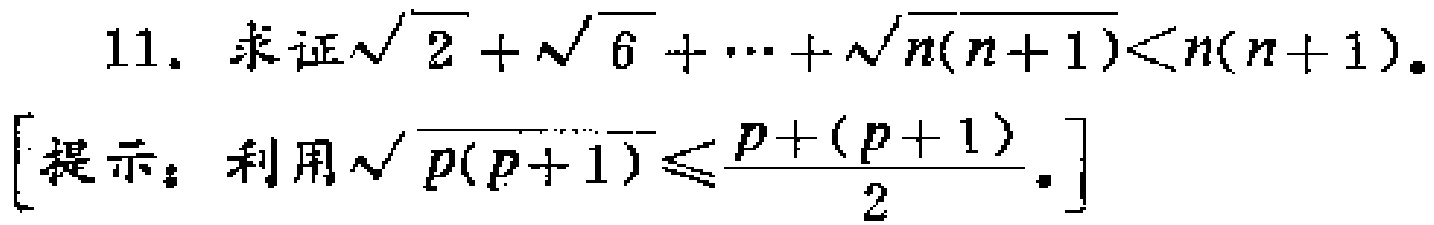
11. 求证\(\sqrt{2}+\sqrt{6}+\cdots+\sqrt{n(n + 1)}<n(n + 1)\)。

[提示：利用\(\sqrt{p(p + 1)}\leq\frac{p+(p + 1)}{2}\)。]